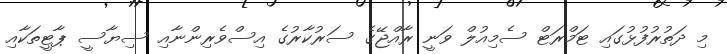
މި ދަތުރުފުޅުގައި ޓަމްރަޓް ސެމިއުލް ވަނީ ރާއްޖޭގެ ސަރުކާރުގެ އިސްވެރިންނާއި ސިޔާސީ ޕާޓީތަކާއި